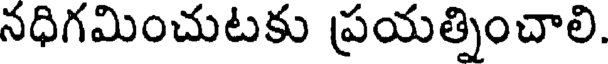
నధిగమించుటకు ప్రయత్నించాలి.